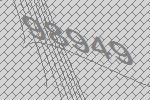
98949